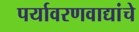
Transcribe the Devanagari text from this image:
पर्यावरणवाद्यांचे